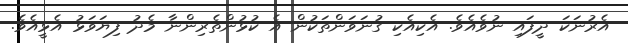
އެރުނަކަ ދީފައި ނުވެއެވެ. އެކިއެކި ގުނަވަންތަކުން އެ ކުޅުންތެރިންނާ މެދު ފިޔަވަޅު އެޅީއެވެ.